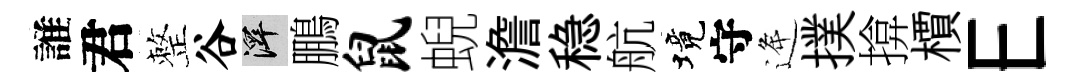
誰君整谷澤鵬鼠蜺澹稳航境守逄撲揜檟E